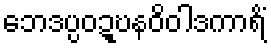
ဘေဒပ္ပဝဍ္ဎနဝိဝါဒကာရိံ